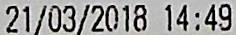
21/03/2018 14:49